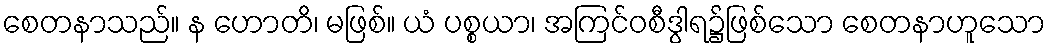
စေတနာသည်။ န ဟောတိ၊ မဖြစ်။ ယံ ပစ္စယာ၊ အကြင်ဝစီဒွါရ၌ဖြစ်သော စေတနာဟူသော